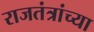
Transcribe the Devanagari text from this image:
राजतंत्रांच्या